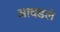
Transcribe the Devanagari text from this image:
आवडलं